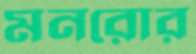
মনরোর